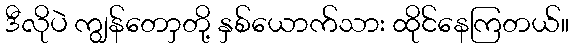
ဒီလိုပဲ ကျွန်တောှတို့ နှစ်ယောက်သား ထိုင်နေကြတယ်။